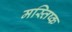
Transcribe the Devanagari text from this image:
मस्तिष्क